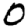
Digit: 0